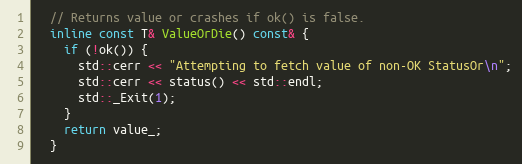
Language: C
  // Returns value or crashes if ok() is false.
  inline const T& ValueOrDie() const& {
    if (!ok()) {
      std::cerr << "Attempting to fetch value of non-OK StatusOr\n";
      std::cerr << status() << std::endl;
      std::_Exit(1);
    }
    return value_;
  }